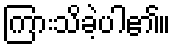
ကြားသိခဲ့ပါ၏။